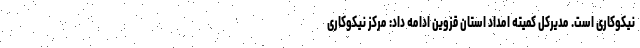
نیکوکاری است. مدیرکل کمیته امداد استان قزوین ادامه داد: مرکز نیکوکاری